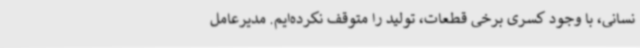
نسانی، با وجود کسری برخی قطعات، تولید را متوقف نکرده‌ایم. مدیرعامل